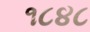
૧૮૪૮